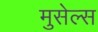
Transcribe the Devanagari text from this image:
मुसेल्स